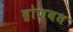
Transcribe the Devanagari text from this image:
द्रोणवध